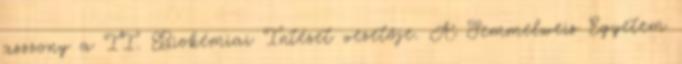
asszony a II. Biokémiai Intézet vezetője. A Semmelweis Egyetem